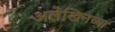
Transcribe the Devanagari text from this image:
अलेखिनच्या